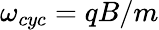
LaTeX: \omega_{cyc}=qB/m